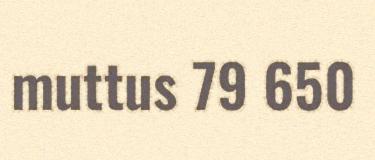
muttus 79 650